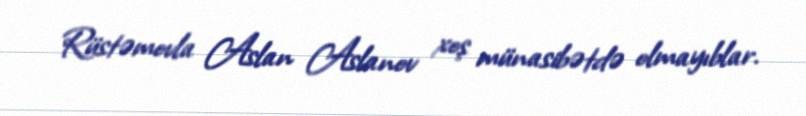
Rüstəmovla Aslan Aslanov xoş münasibətdə olmayıblar.